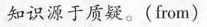
知识源于质疑。(from)